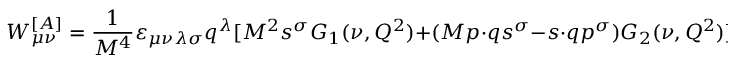
W _ { \mu \nu } ^ { [ A ] } = \frac { 1 } { M ^ { 4 } } \varepsilon _ { \mu \nu \lambda \sigma } q ^ { \lambda } [ M ^ { 2 } s ^ { \sigma } G _ { 1 } ( \nu , Q ^ { 2 } ) + ( M p \cdot q s ^ { \sigma } - s \cdot q p ^ { \sigma } ) G _ { 2 } ( \nu , Q ^ { 2 } ) ] .